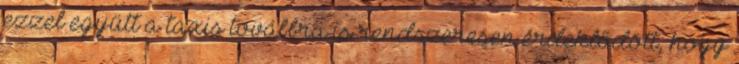
ezzel együtt a taxis továbbra is rendszeresen érdeklődött, hogy